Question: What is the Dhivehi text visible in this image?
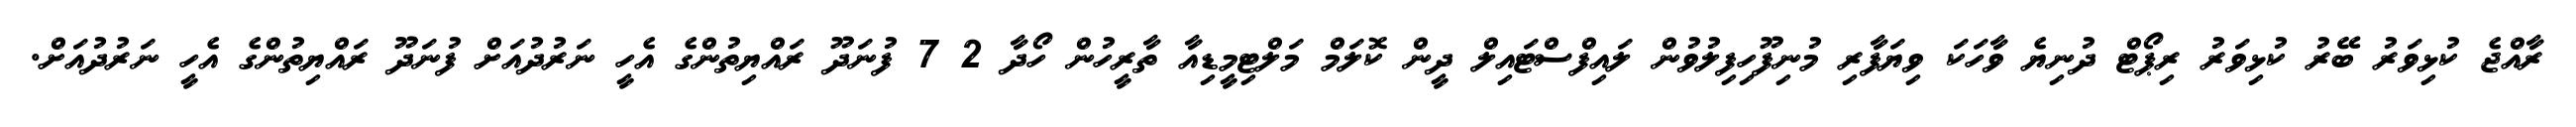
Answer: ރާއްޖެ ކުޅިވަރު ބޭރު ކުޅިވަރު ރިޕޯޓް ދުނިޔެ ވާހަކަ ވިޔަފާރި މުނިފޫހިފިލުވުން ލައިފްސްޓައިލް ދީން ކޮލަމް މަލްޓިމީޑިއާ ތާރީހުން ހޯދާ 2 7 ފުނަދޫ ރައްޔިތުންގެ އެހީ ނަރުދުއަށް ފުނަދޫ ރައްޔިތުންގެ އެހީ ނަރުދުއަށް.